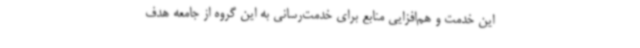
این خدمت و هم‌افزایی منابع برای خدمت‌رسانی به این گروه از جامعه هدف